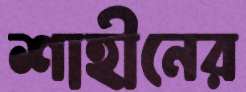
শাহীনের